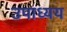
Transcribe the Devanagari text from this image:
उपाध्यय